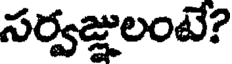
సర్వజ్ఞులంటే?